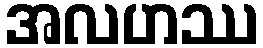
အလဟဿ